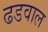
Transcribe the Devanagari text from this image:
ढडवाल